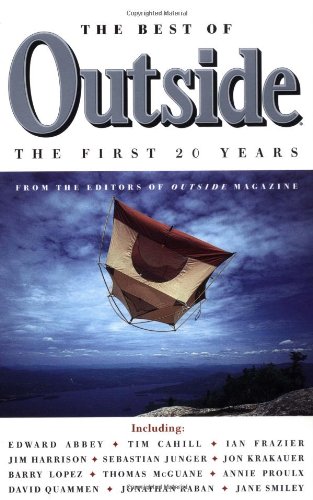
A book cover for The Best of Outside: The First 20 Years; Outside Magazine Editors; Travel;